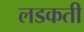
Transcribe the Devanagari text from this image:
लडकती